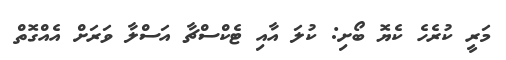
މަރީ ކުރެހެ ކެޔޮ ބޯށި: ކުލަ އާއި ޓެކްސްޗާ އަސްލާ ވަރަށް އެއްގޮތް